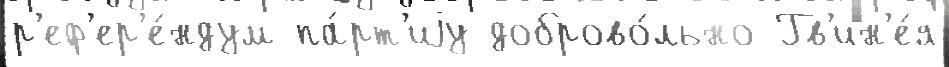
р'еф'ер'е́ндум па́рт'иjу доброво́льно Гв'ин'е́я